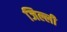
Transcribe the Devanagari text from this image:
जिल्ली